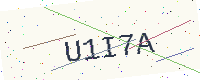
Text: U1I7A